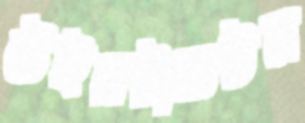
উইনটারটন